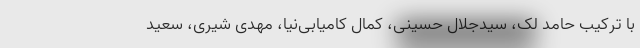
با ترکیب حامد لک، سیدجلال حسینی، کمال کامیابی‌نیا، مهدی شیری، سعید